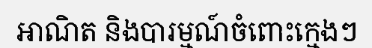
អាណិត និងបារម្មណ៍ចំពោះក្មេងៗ